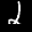
Label: 2